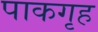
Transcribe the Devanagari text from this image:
पाकगृह